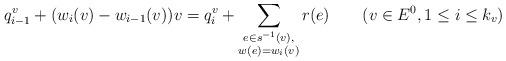
LaTeX: \begin{align*}q^v_{i-1}+(w_i(v)-w_{i-1}(v))v=q_i^v+\sum_{\substack{e\in s^{-1}(v),\\w(e)=w_i(v)}}r(e)\quad\quad(v\in E^0,1\leq i\leq k_v)\end{align*}